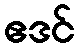
ဧဒင်